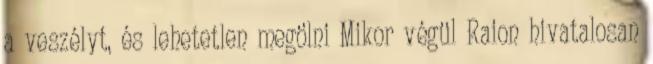
a veszélyt, és lehetetlen megölni Mikor végül Raion hivatalosan